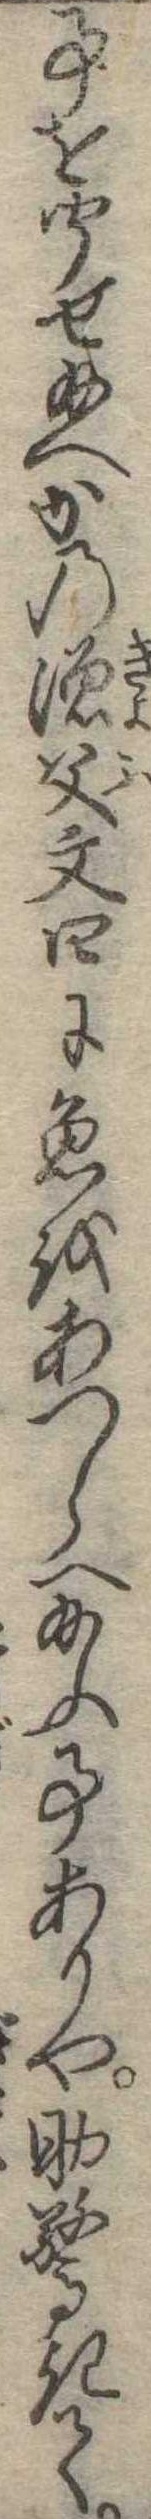
事を聞せ給へかの漁父文四に魚をあつらへ給ふ事ありや助驚きて